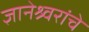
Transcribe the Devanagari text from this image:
ज्ञानेश्र्वरांचे